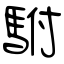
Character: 駙